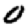
Digit: 0